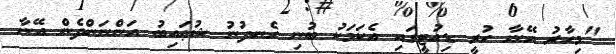
"މިހާރު އޭނާ ހުރީ ޑިއުޓީގައި އެކަމަކު ބުނި ހެނދުނު ޝުޢައިބު އަންނަންދެން އޭނާ